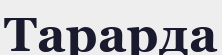
Тарарда